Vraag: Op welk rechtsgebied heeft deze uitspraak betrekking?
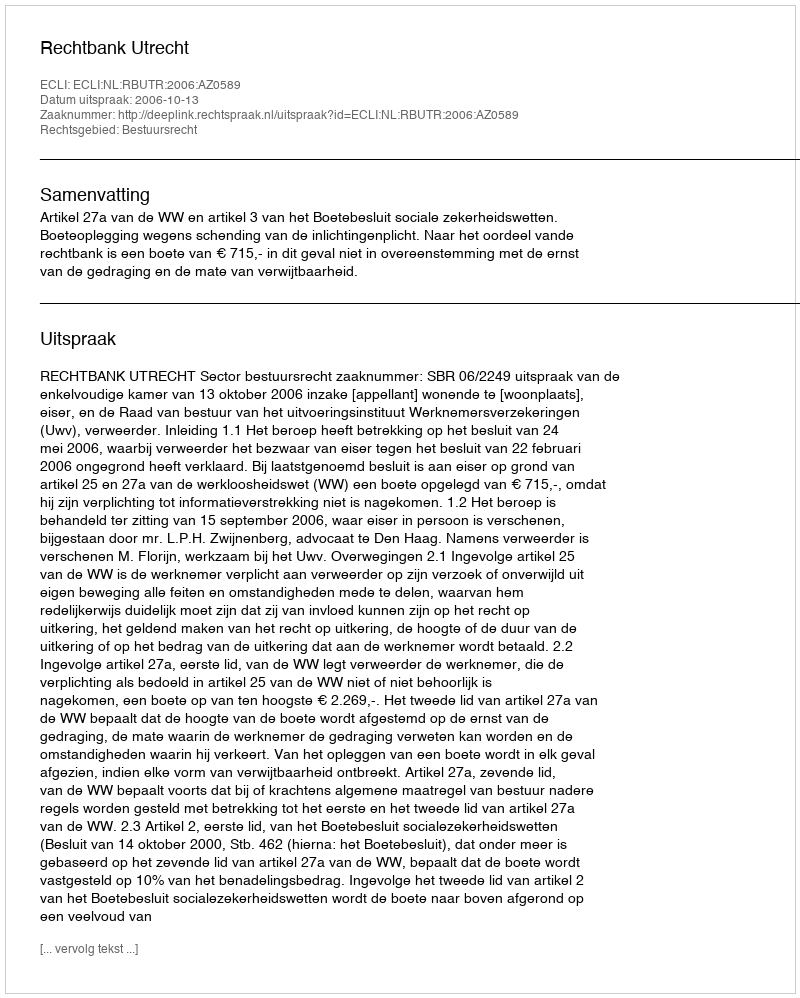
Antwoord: Bestuursrecht